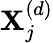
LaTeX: \mathbf{X}_{j}^{(d)}